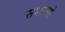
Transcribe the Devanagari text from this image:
सभालणे